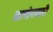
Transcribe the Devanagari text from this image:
आलोपयाठी